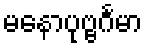
မနောပုဗ္ဗင်္ဂမာ